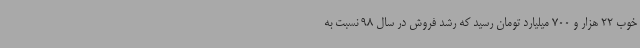
خوب 22 هزار و 700 میلیارد تومان رسید که رشد فروش در سال 98 نسبت به